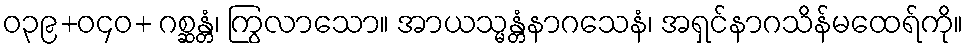
ဝ၃၉+ဝ၄၀+ ဂစ္ဆန္တံ၊ ကြွလာသော။ အာယသ္မန္တံနာဂသေနံ၊ အရှင်နာဂသိန်မထေရ်ကို။